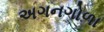
અગનગોળા